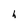
Character: h